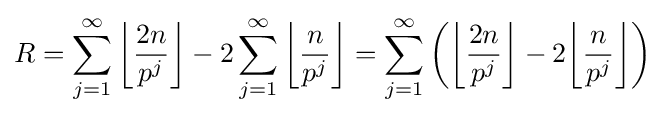
R=\sum _{j=1}^{\infty }\left\lfloor {\frac {2n}{p^{j}}}\right\rfloor -2\sum _{j=1}^{\infty }\left\lfloor {\frac {n}{p^{j}}}\right\rfloor =\sum _{j=1}^{\infty }\left(\left\lfloor {\frac {2n}{p^{j}}}\right\rfloor -2\!\left\lfloor {\frac {n}{p^{j}}}\right\rfloor \right)